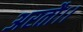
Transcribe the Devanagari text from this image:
अरतौ।।